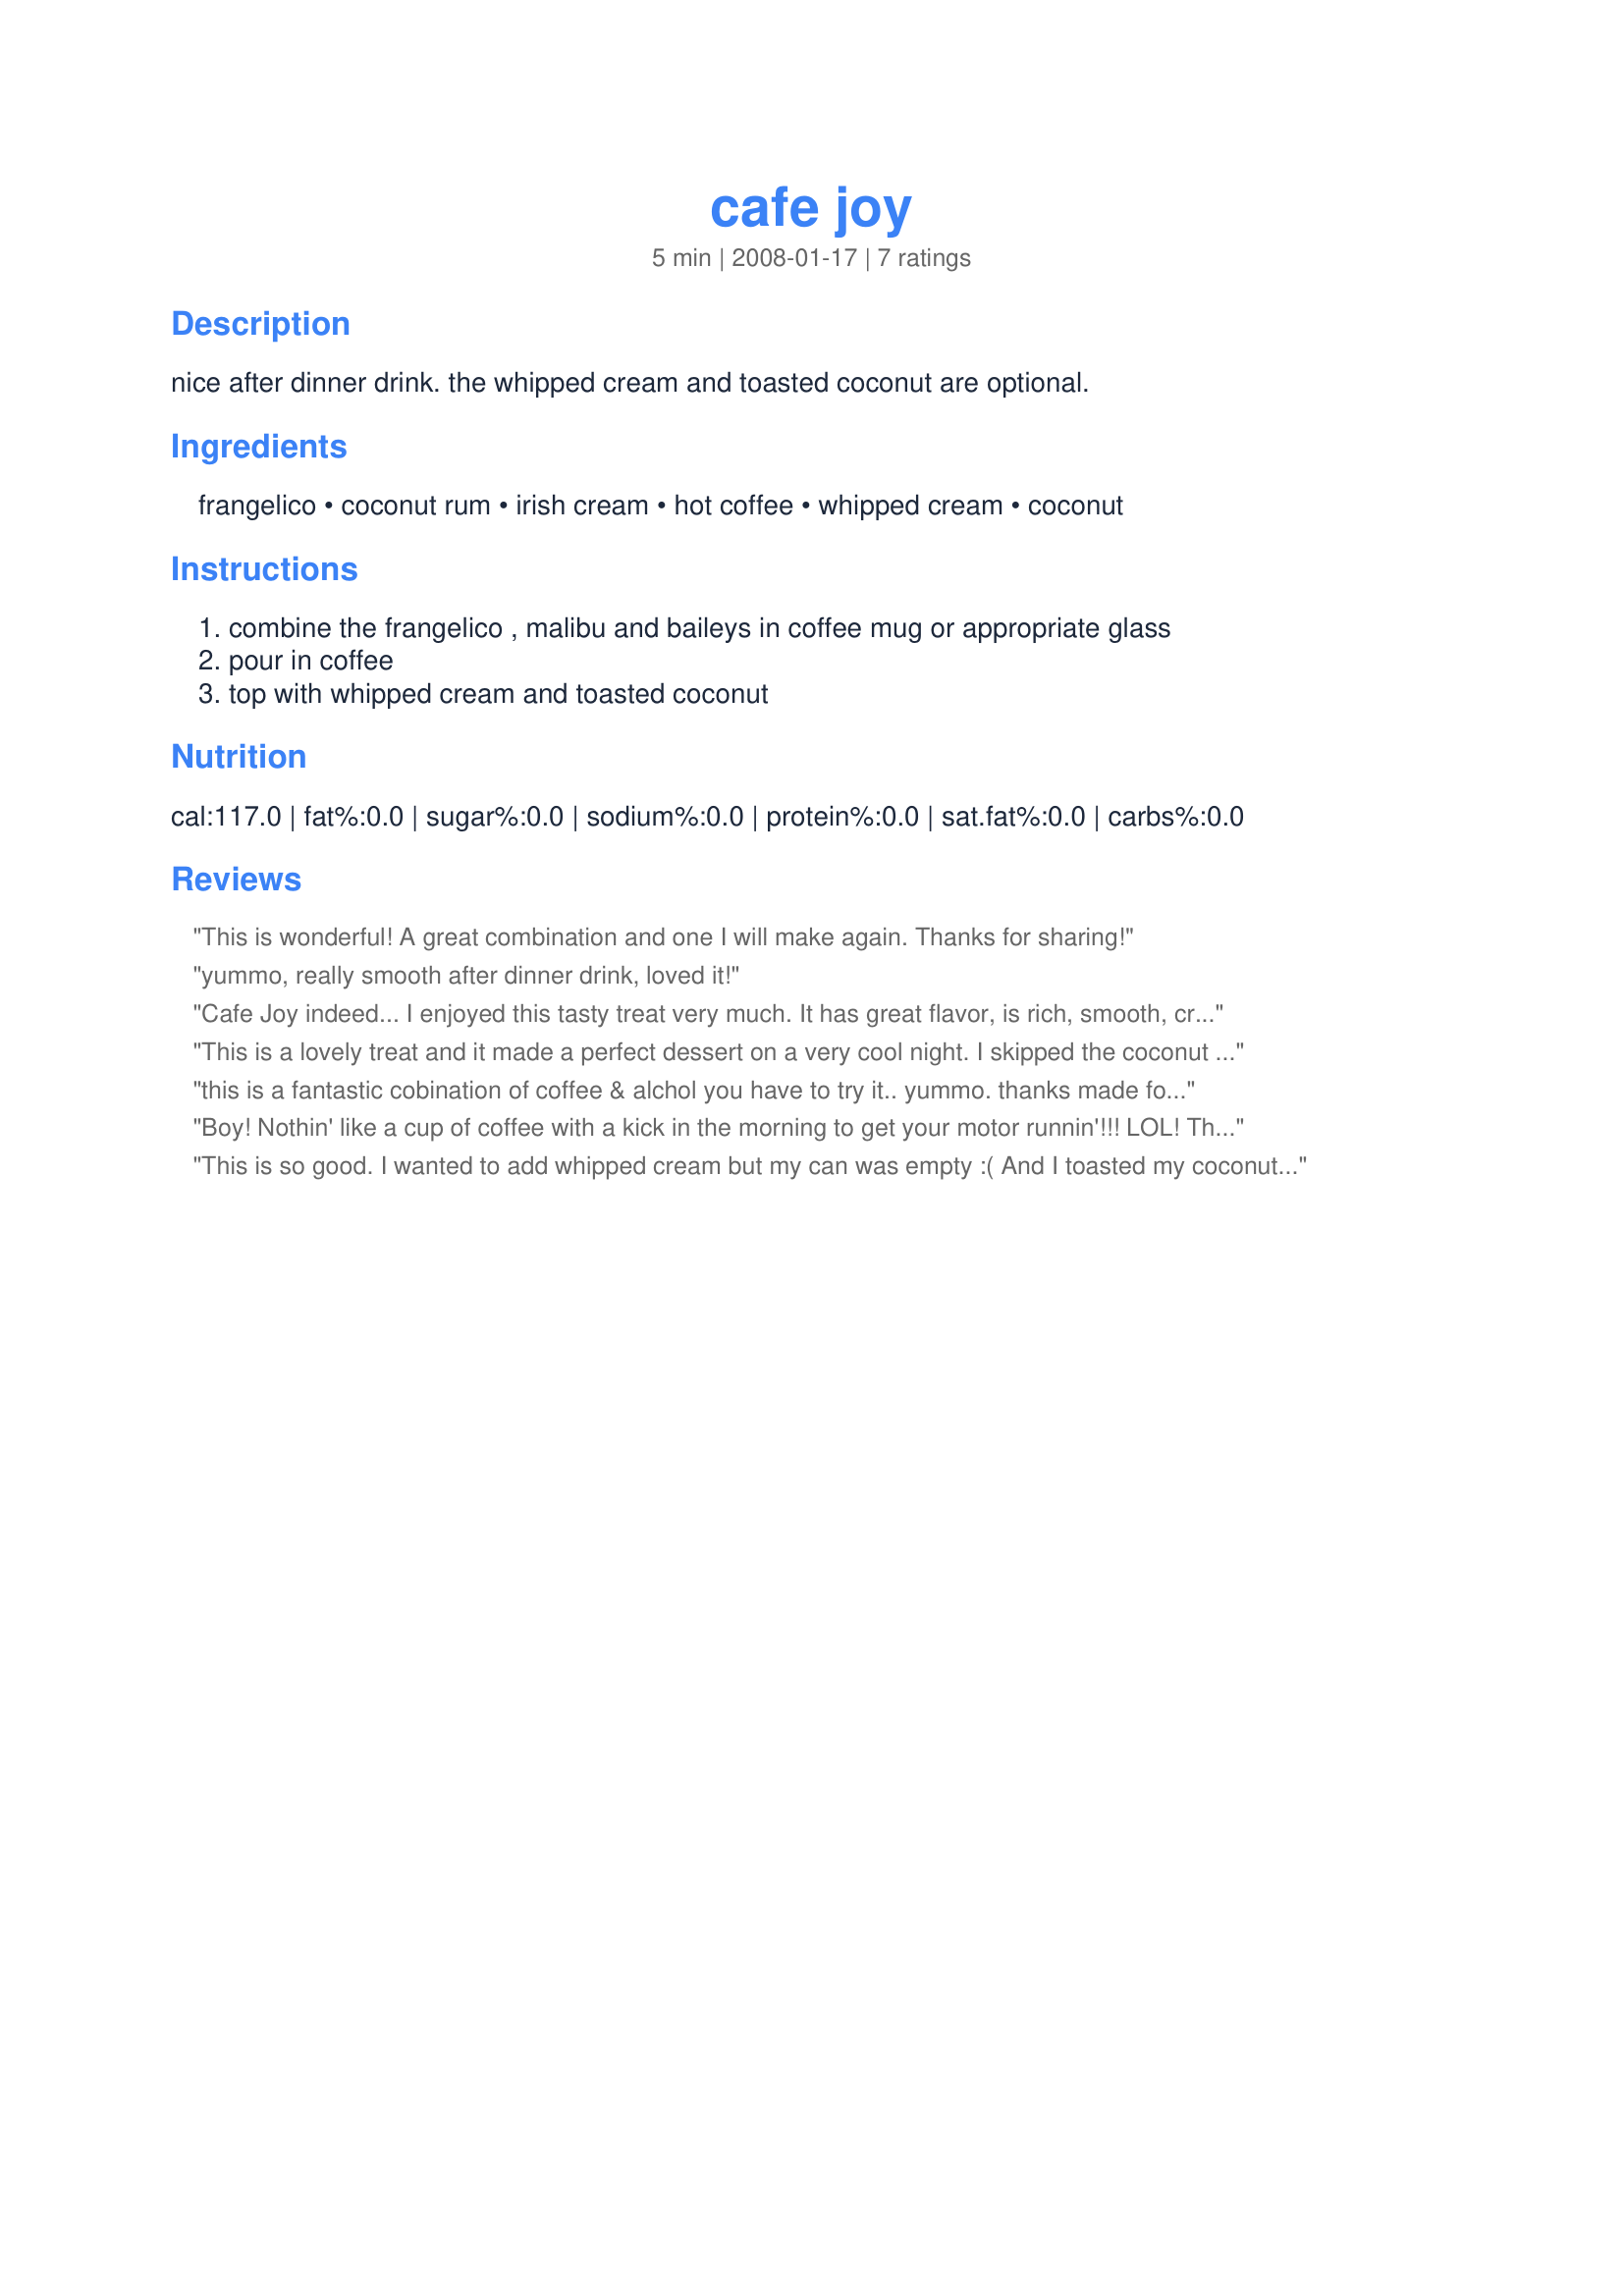
cafe joy
Preparation time: 5 minutes

nice after dinner drink. the whipped cream and toasted coconut are optional.

Ingredients:
frangelico, coconut rum, irish cream, hot coffee, whipped cream, coconut

Steps:
combine the frangelico , malibu and baileys in coffee mug or appropriate glass, pour in coffee, top with whipped cream and toasted coconut

Reviews:
This is wonderful! A great combination and one I will make again. Thanks for sharing!
yummo, really smooth after dinner drink, loved it!
Cafe Joy indeed... I enjoyed this tasty treat very much. It has great flavor, is rich, smooth, creamy and sweet. I used the whipped cream and the toasted coconut option and am glad that I did, the perfect finishing touch. Into my keeper box this goes, thanks for sharing.
This is a lovely treat and it made a perfect dessert on a very cool night. I skipped the coconut but even so it's warm, comforting and relaxing. In fact I think I might head to to bed to "watch tv" with my eyes closed *wink*. Yumm
this is a fantastic cobination of coffee & alchol you have to try it.. yummo. thanks made for RECIPE SWAP #13 - February 2008
Boy! Nothin' like a cup of coffee with a kick in the morning to get your motor runnin'!!! LOL! This was WONDERFUL!!! Not too strong, either! I was worried that it wouldn't be sweet enough, but it was perfect with the whipped cream! REALLY good!!! :) Made for the ZWT5! :)
This is so good. I wanted to add whipped cream but my can was empty :( And I toasted my coconut. I was ready to take a good photo. So without the whipped cream, I didn't take a photo. It's very good. Thanks Kim :) Made for Beverage tag.
